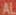
AL